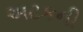
અટકની